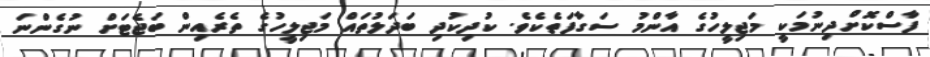
ފާސްކޮށްދިނުމަކީ މަޖިލީހުގެ އާންމު ސަގާފަތެކެވެ. ކުދިކުދި ބަދަލުތައް މަޖިލީހުގެ ތެރެއިން ބަޖެޓަށް ނުގެންނަ